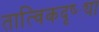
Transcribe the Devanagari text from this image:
तात्विकदृष्ट्या